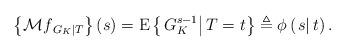
LaTeX: \begin{align*}\left\{ {\mathcal M{f_{\left. G_K \right|T}}} \right\}\left( s \right) = {\rm E}\left\{ {\left. {{G_K^{s - 1}}} \right|T=t} \right\} \triangleq \phi \left( {\left. s \right|t} \right).\end{align*}